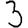
Digit: 3